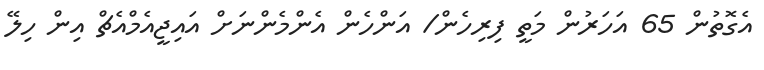
އެގޮތުން 65 އަހަރުން މަތީ ފިރިހެން/ އަންހެން އެންމެންނަށް އައިޖީއެމްއެޗް އިން ހިލޭ